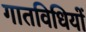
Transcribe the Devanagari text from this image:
गातविधियों